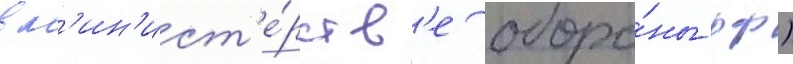
в м'ин'ист'е́рств'е оборо́ны рф)